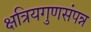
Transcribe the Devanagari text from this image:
क्षत्रियगुणसंपन्न